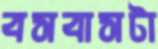
বসবাসটা